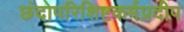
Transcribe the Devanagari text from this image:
छंदोपरिशिष्टकर्मप्रदीप